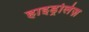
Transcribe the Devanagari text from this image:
हाइड्रोलेज़